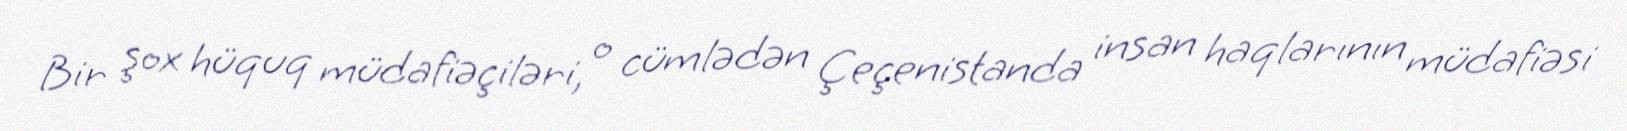
Bir şox hüquq müdafiəçiləri, o cümlədən Çeçenistanda insan haqlarının müdafiəsi